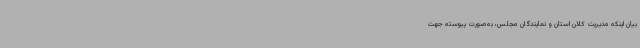
بیان اینکه مدیریت کلان استان و نمایندگان مجلس، به‌صورت پیوسته جهت